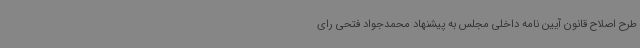
طرح اصلاح قانون آیین نامه داخلی مجلس به پیشنهاد محمدجواد فتحی رای